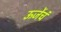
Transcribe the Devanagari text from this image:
ऊर्जेचं